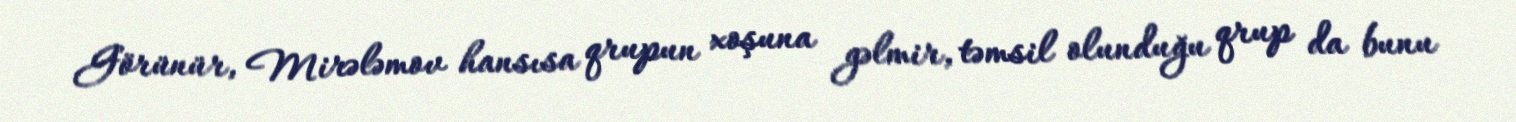
Görünür, Mirələmov hansısa qrupun xoşuna gəlmir, təmsil olunduğu qrup da bunu